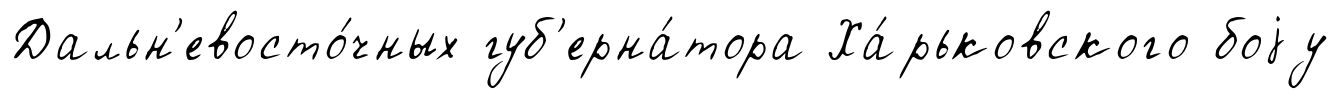
Дальн'евосто́чных губ'ерна́тора Ха́рьковского боjу